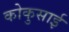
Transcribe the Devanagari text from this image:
कोकुसाई